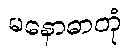
မနောဓာတုံ